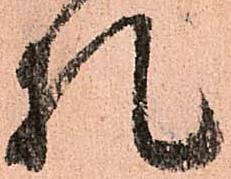
札